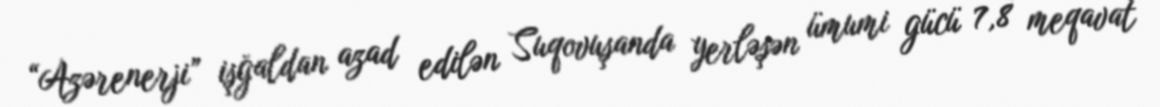
“Azərenerji” işğaldan azad edilən Suqovuşanda yerləşən ümumi gücü 7,8 meqavat